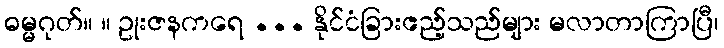
ဓမ္မဂုတ်။ ။ ဥုးဇနကရေ ... နိုင်ငံခြားဧည့်သည်များ မလာတာကြာပြီ၊